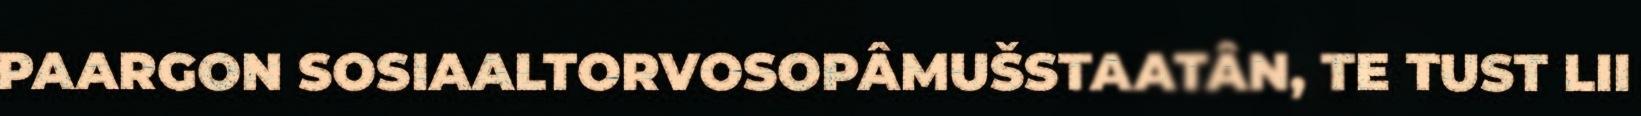
PAARGON SOSIAALTORVOSOPÂMUŠSTAATÂN, TE TUST LII